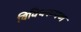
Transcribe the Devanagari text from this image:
विविधरूपण